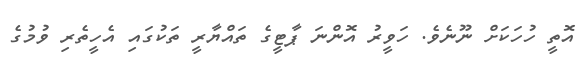
އޮތީ ހުހަކަށް ނޫނެވެ. ހަވީރު އޮންނަ ޕާޓީގެ ތައްޔާރީ ތަކުގައި އެހީތެރި ވުމުގެ